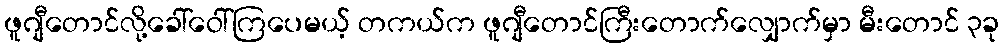
ဖူဂျီတောင်လို့ခေါ်ဝေါ်ကြပေမယ့် တကယ်က ဖူဂျီတောင်ကြီးတောက်လျှောက်မှာ မီးတောင် ၃ခု